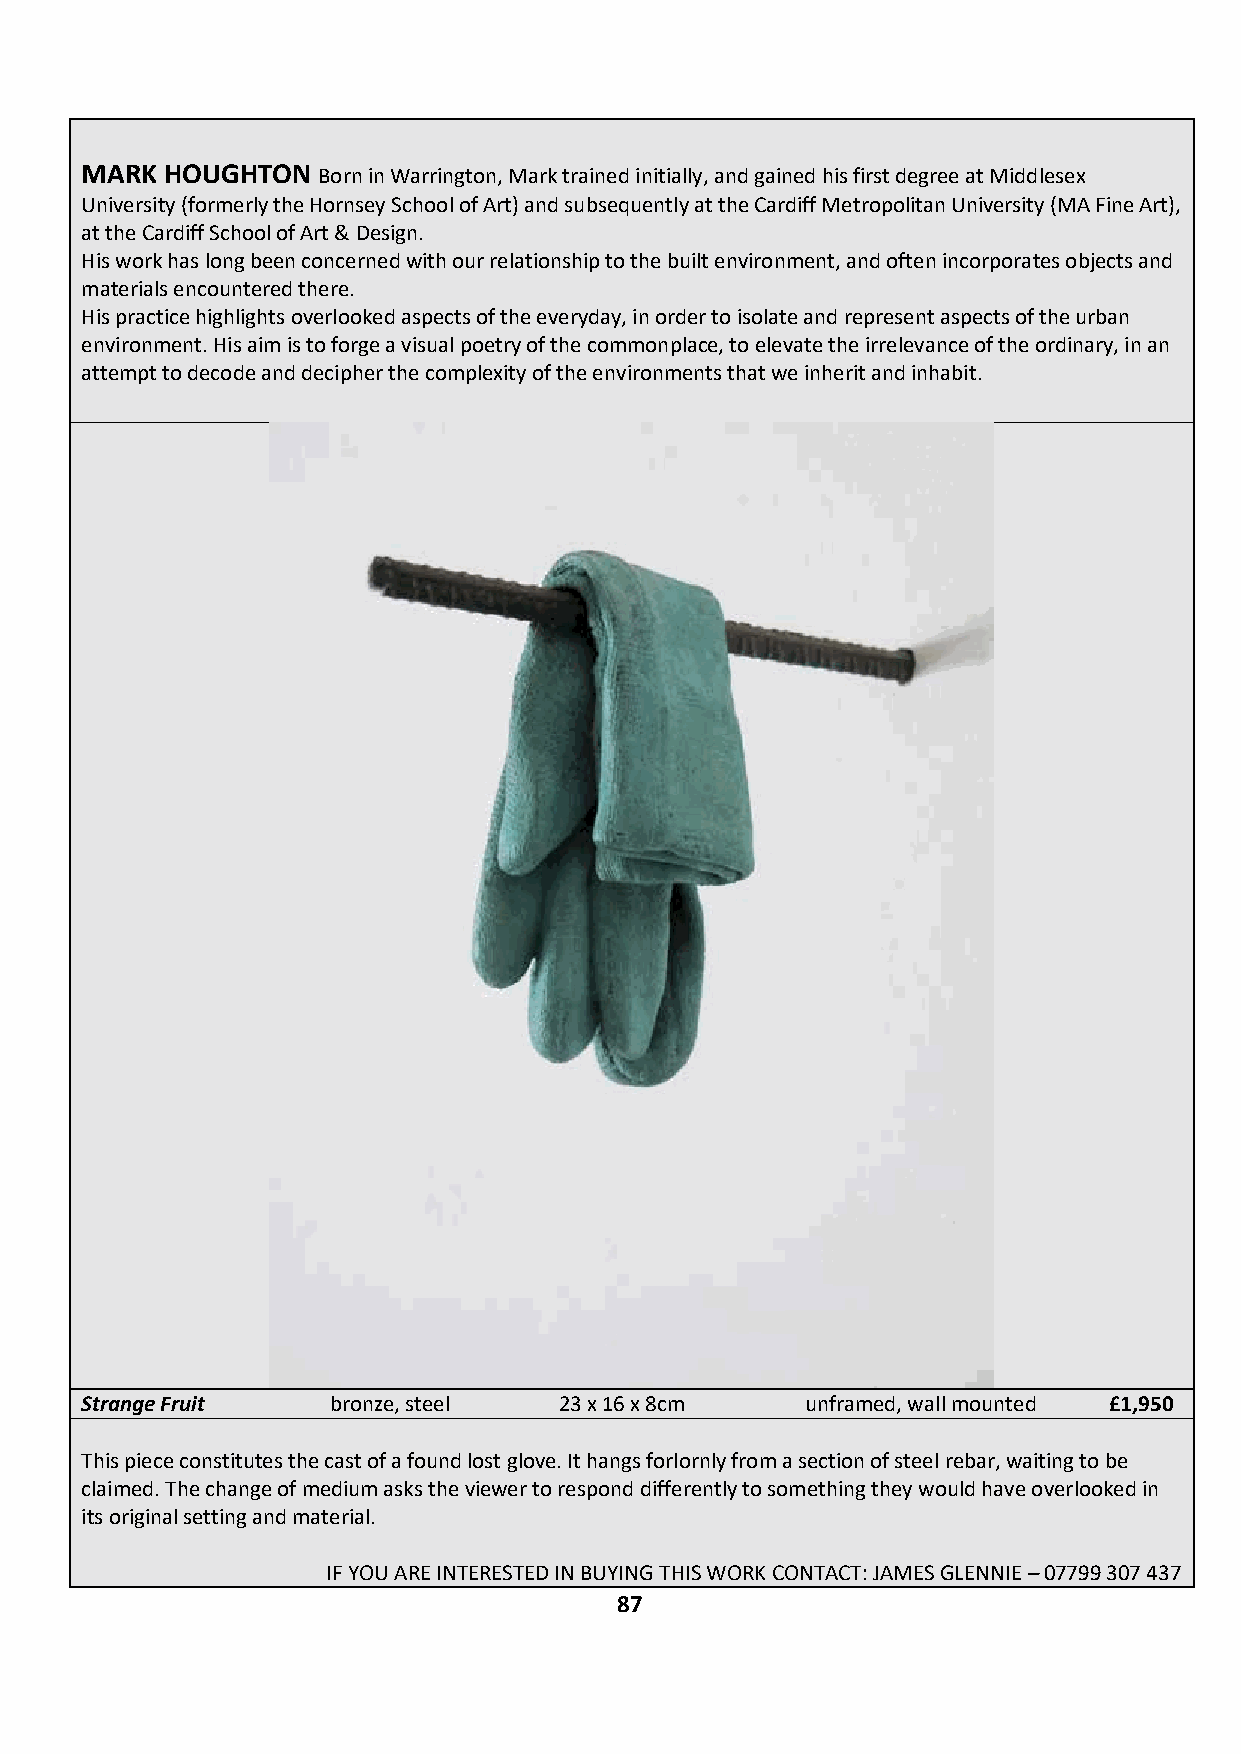
MARK  HOUGHTON  Born in Warrington, Mark trained initially, and gained his first degree at Middlesex
 University (formerly the Hornsey School of Art) and subsequently at the Cardiff Metropolitan University (MA Fine Art),
 at the Cardiff School of Art & Design.
 His work has long been concerned with our relationship to the built environment, and often incorporates objects and
 materials encountered there.
 His practice highlights overlooked aspects of the everyday, in order to isolate and represent aspects of the urban
 environment. His aim is to forge a visual poetry of the commonplace, to elevate the irrelevance of the ordinary, in an
 attempt to decode and decipher the complexity of the environments that we inherit and inhabit.
 Strange Fruit    bronze, steel  23 x 16 x 8cm   unframed, wall mounted £1,950
 This piece constitutes the cast of a found lost glove. It hangs forlornly from a section of steel rebar, waiting to be
 claimed. The change of medium asks the viewer to respond differently to something they would have overlooked in
 its original setting and material.
 IF YOU ARE INTERESTED IN BUYING THIS WORK CONTACT: JAMES GLENNIE – 07799 307 437
 87